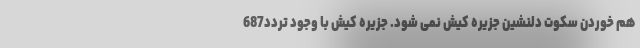
هم خوردن سکوت دلنشین جزیره کیش نمی شود. جزیره کیش با وجود تردد687